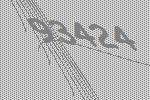
93424